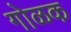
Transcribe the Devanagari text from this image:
गोळक